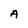
Character: A